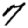
Digit: 7